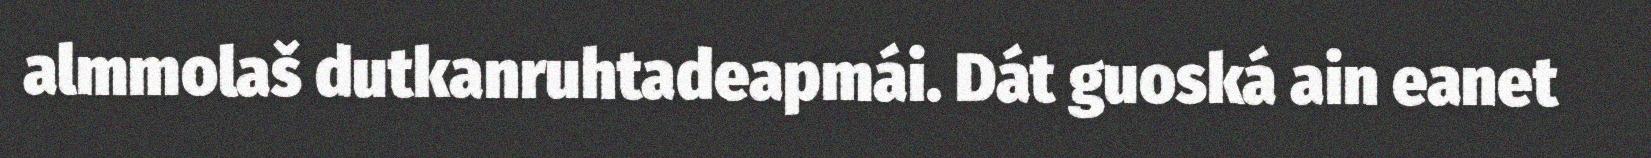
almmolaš dutkanruhtadeapmái. Dát guoská ain eanet